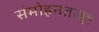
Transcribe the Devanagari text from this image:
संमोहनतज्‍ज्ञ